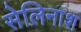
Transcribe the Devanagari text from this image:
सेलिनाश